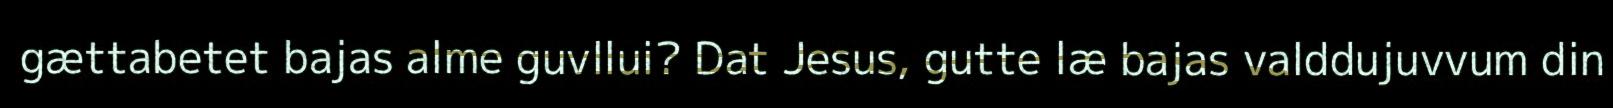
gættabetet bajas alme guvllui? Dat Jesus, gutte læ bajas valddujuvvum din